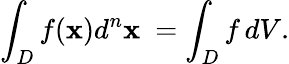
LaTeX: \int_{D}f(\mathbf{x})d^{n}\mathbf{x}\ =\int_{D}f\, dV.